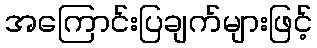
အကြောင်းပြချက်များဖြင့်